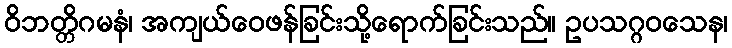
ဝိဘတ္တိဂမနံ၊ အကျယ်ဝေဖန်ခြင်းသို့ရောက်ခြင်းသည်။ ဥပသဂ္ဂဝသေန၊